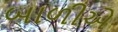
બાળીએ